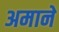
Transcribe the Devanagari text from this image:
अमाने